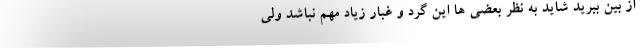
از بین ببرید شاید به نظر بعضی ها این گرد و غبار زیاد مهم نباشد ولی